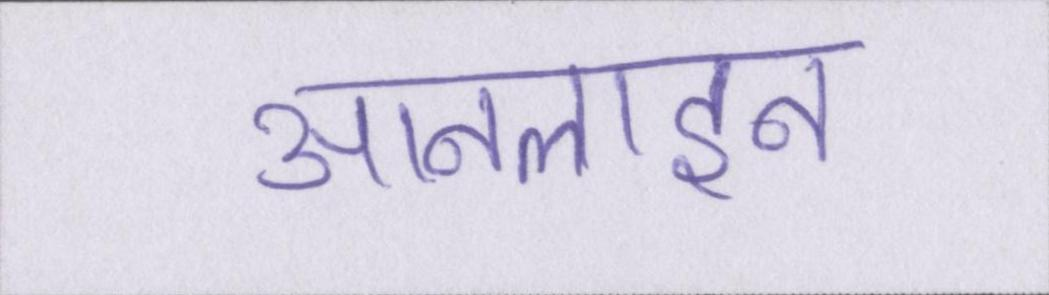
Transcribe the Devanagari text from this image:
आनलाइन